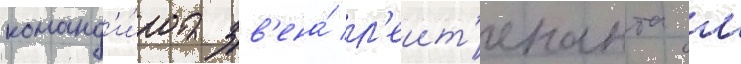
команд'и́ра зв'ена́ л'еит'енанта м